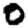
Digit: 0